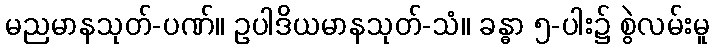
မညမာနသုတ်-ပဏ်။ ဥပါဒိယမာနသုတ်-သံ။ ခန္ဓာ ၅-ပါး၌ စွဲလမ်းမူ